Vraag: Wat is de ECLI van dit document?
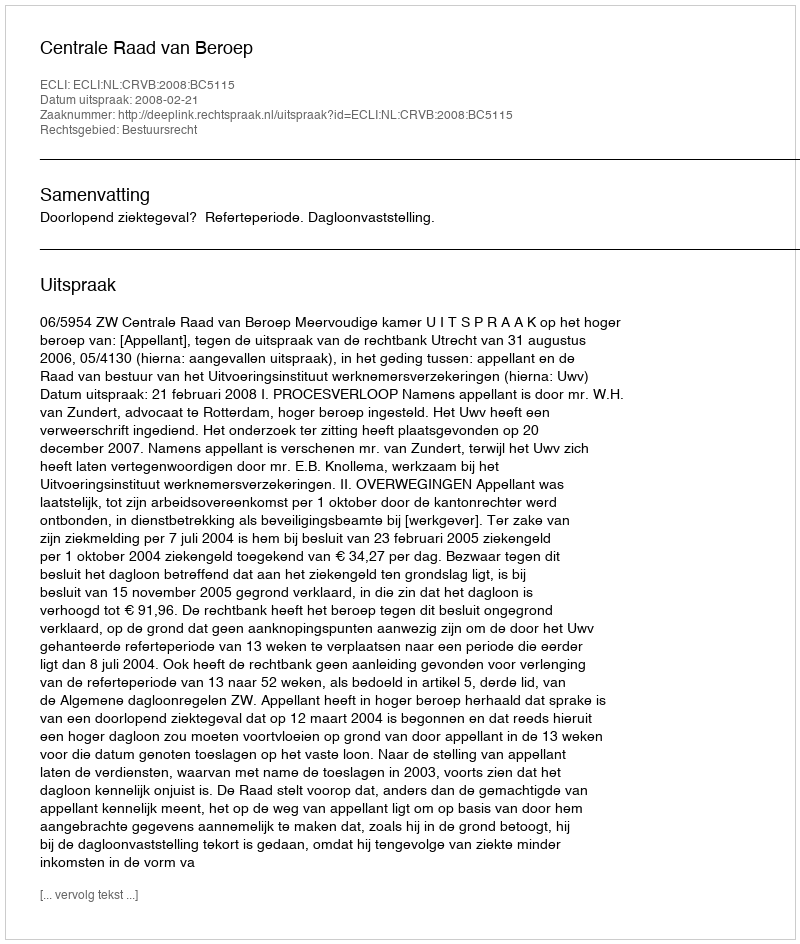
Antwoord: ECLI:NL:CRVB:2008:BC5115